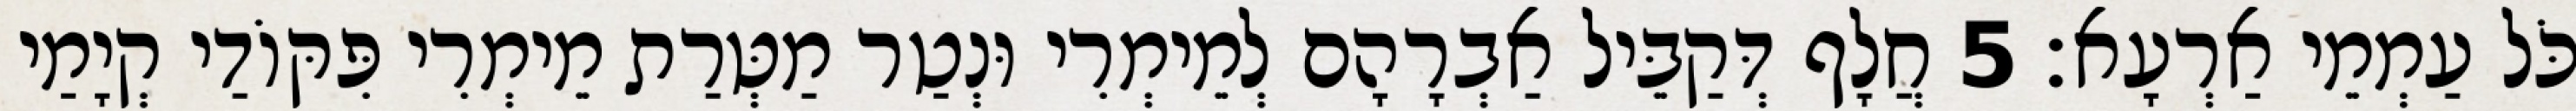
כֹּל עַמְמֵי אַרְעָא׃ 5 חֲלָף דְּקַבֵּיל אַבְרָהָם לְמֵימְרִי וּנְטַר מַטְּרַת מֵימְרִי פִּקּוֹדַי קְיָמַי